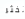
تخثر